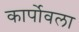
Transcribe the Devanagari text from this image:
कार्पोवला